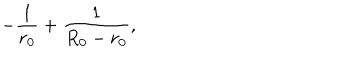
LaTeX: - \frac { 1 } { r _ { 0 } } + \frac { 1 } { R _ { 0 } - r _ { 0 } } ,